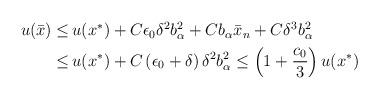
LaTeX: \begin{align*}\begin{aligned}u (\bar{x}) \leq \,& u (x^*) +C\epsilon_0\delta^2b_{\alpha}^2+ Cb_{\alpha}\bar{x}_n + C \delta^3 b_\alpha^2\\\leq \,& u (x^*) + C \left(\epsilon_0 + \delta\right) \delta^2 b_\alpha^2 \leq \left(1+\frac{c_0}{3}\right) u (x^*)\end{aligned}\end{align*}